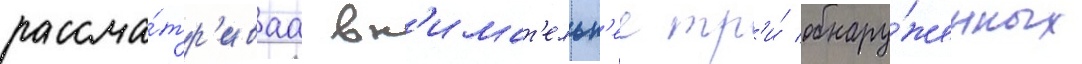
рассма́тр'иваа вн'имат'ельн'ее тр'и́ обнару́женных